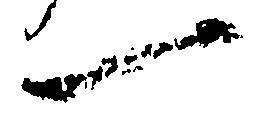
一